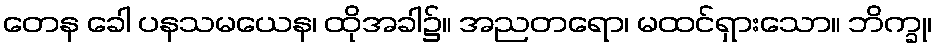
တေန ခေါ ပနသမယေန၊ ထိုအခါ၌။ အညတရော၊ မထင်ရှားသော။ ဘိက္ခု၊